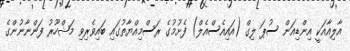
އާލިއާއަކީ އިންޑިއަން ސުޕަ ލިގް (އައިއެސްއެލް) ފެށުމުގެ ރަސްމިއްޔާތުގައި ބައިވެރިވި މަޝްހޫރު ފަންނާނުންގެ